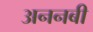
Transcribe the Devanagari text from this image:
अननबी